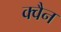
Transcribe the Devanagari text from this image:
क्वैन